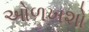
ઓળખશો